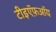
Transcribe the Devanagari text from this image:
टीइऍफ़ऑय